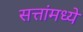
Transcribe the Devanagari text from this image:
सत्तांमध्ये